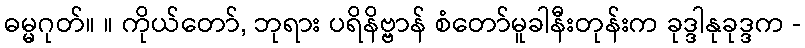
ဓမ္မဂုတ်။ ။ ကိုယ်တော်, ဘုရား ပရိနိဗ္ဗာန် စံတော်မူခါနီးတုန်းက ခုဒ္ဒါနုခုဒ္ဒက -